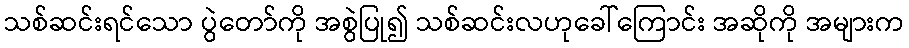
သစ်ဆင်းရင်သော ပွဲတော်ကို အစွဲပြု၍ သစ်ဆင်းလဟုခေါ်ကြောင်း အဆိုကို အများက